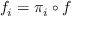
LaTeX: f _ { i } = \pi _ { i } \circ f